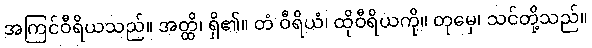
အကြင်ဝီရိယသည်။ အတ္ထိ၊ ရှိ၏။ တံ ဝီရိယံ၊ ထိုဝီရိယကို။ တုမှေ၊ သင်တို့သည်။